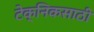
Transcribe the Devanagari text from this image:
टेक्निकसाठी